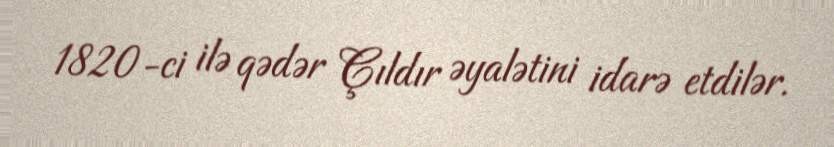
1820-ci ilə qədər Çıldır əyalətini idarə etdilər.